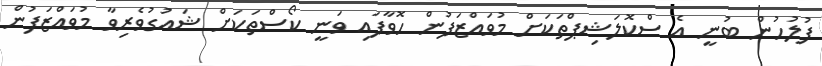
ފުލުހުން ބުނީ އެ ސްކޮލަޝިޕްތަކަށް މުވައްޒަފުން ހޮވާފައި ވަނީ ކޯސްތަކަށް ޝައުގުވެރިވާ މުވައްޒަފުން